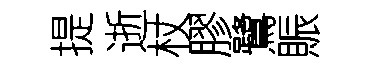
提逝杖膠鷺賑